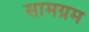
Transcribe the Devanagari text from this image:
सामग्रम